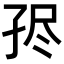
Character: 𡥧